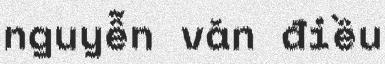
nguyễn văn điều